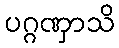
ပဂ္ဂဏှာသိ